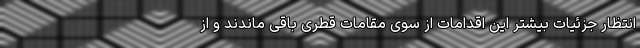
انتظار جزئیات بیشتر این اقدامات از سوی مقامات قطری باقی ماندند و از